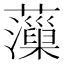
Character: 𧃡